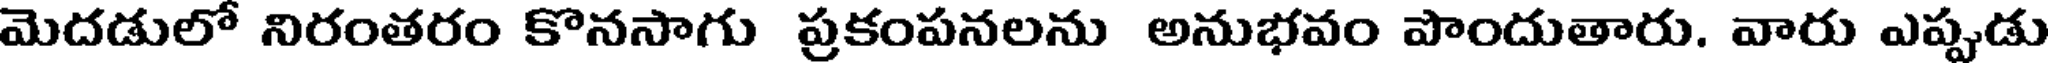
మెదడులో నిరంతరం కొనసాగు ప్రకంపనలను అనుభవం పొందుతారు. వారు ఎప్పుడు